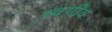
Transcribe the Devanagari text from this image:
स्वगींय